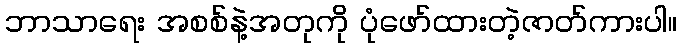
ဘာသာရေး အစစ်နဲ့အတုကို ပုံဖော်ထားတဲ့ဇာတ်ကားပါ။